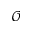
\mathcal { O }